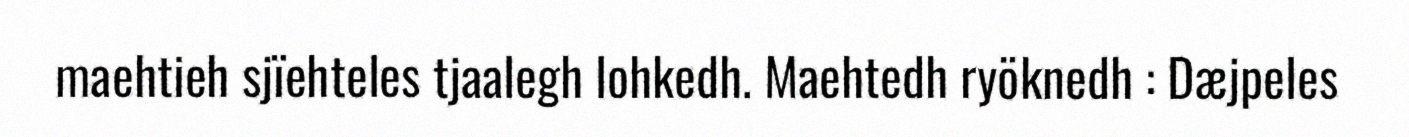
maehtieh sjïehteles tjaalegh lohkedh. Maehtedh ryöknedh : Dæjpeles